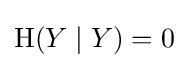
\mathrm {H} (Y\mid Y)=0